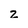
Character: z